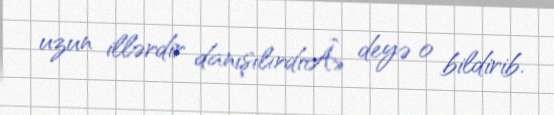
uzun illərdir danışılırdıÂ» deyə o bildirib.